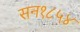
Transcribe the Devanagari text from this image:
सन१८५४